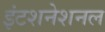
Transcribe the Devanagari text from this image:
इंटशनेशनल